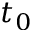
t _ { 0 }